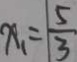
x _ { 1 } = \frac { 5 } { 3 }